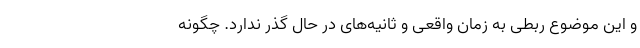
و این موضوع ربطی به زمان واقعی و ثانیه‌های در حال گذر ندارد. چگونه